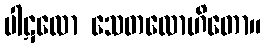
ပါဋလော သေတလောဟိတော။